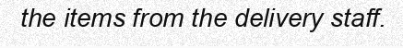
the items from the delivery staff.